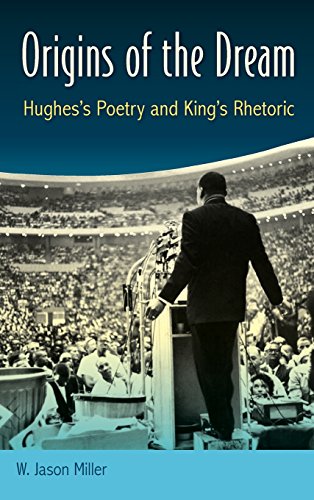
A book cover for Origins of the Dream: Hughes's Poetry and King's Rhetoric; W. Jason Miller; Literature & Fiction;